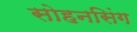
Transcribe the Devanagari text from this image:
सोहनसिंग